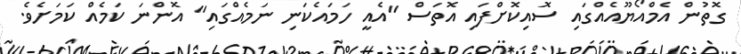
ގޮތުން އެމްއޯޔޫއެއްގައި ސޮއިކޮށްފައި އޮތަސް "އެއީ ހަމައެކަނި ނަމެއްގައި" އޮންނަ ކަމެއް ކަމަށެވެ.